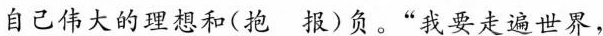
自己伟大的理想和(抱 报)负。“我要走遍世界，